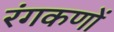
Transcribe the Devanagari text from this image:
रंगकणों